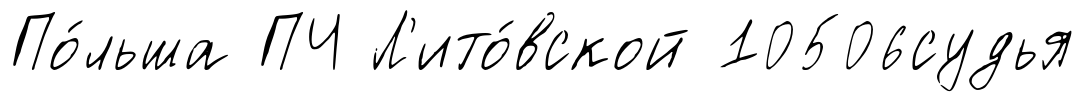
По́льша ПЧ Л'ито́вской 10506судья